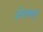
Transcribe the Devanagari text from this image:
रोशन्